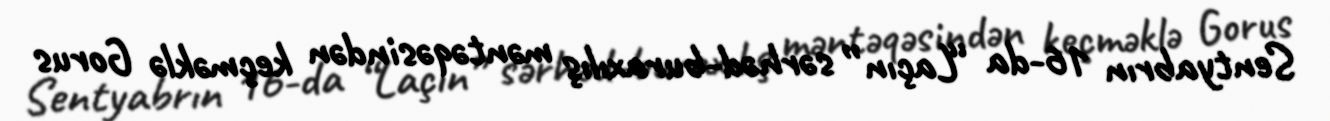
Sentyabrın 16-da “Laçın” sərhəd-buraxılış məntəqəsindən keçməklə Gorus